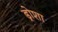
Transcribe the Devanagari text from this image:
ड्रोशा